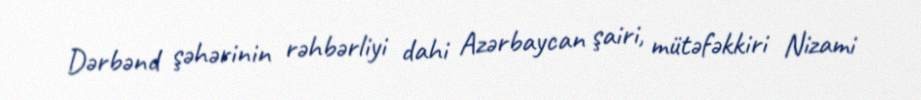
Dərbənd şəhərinin rəhbərliyi dahi Azərbaycan şairi, mütəfəkkiri Nizami